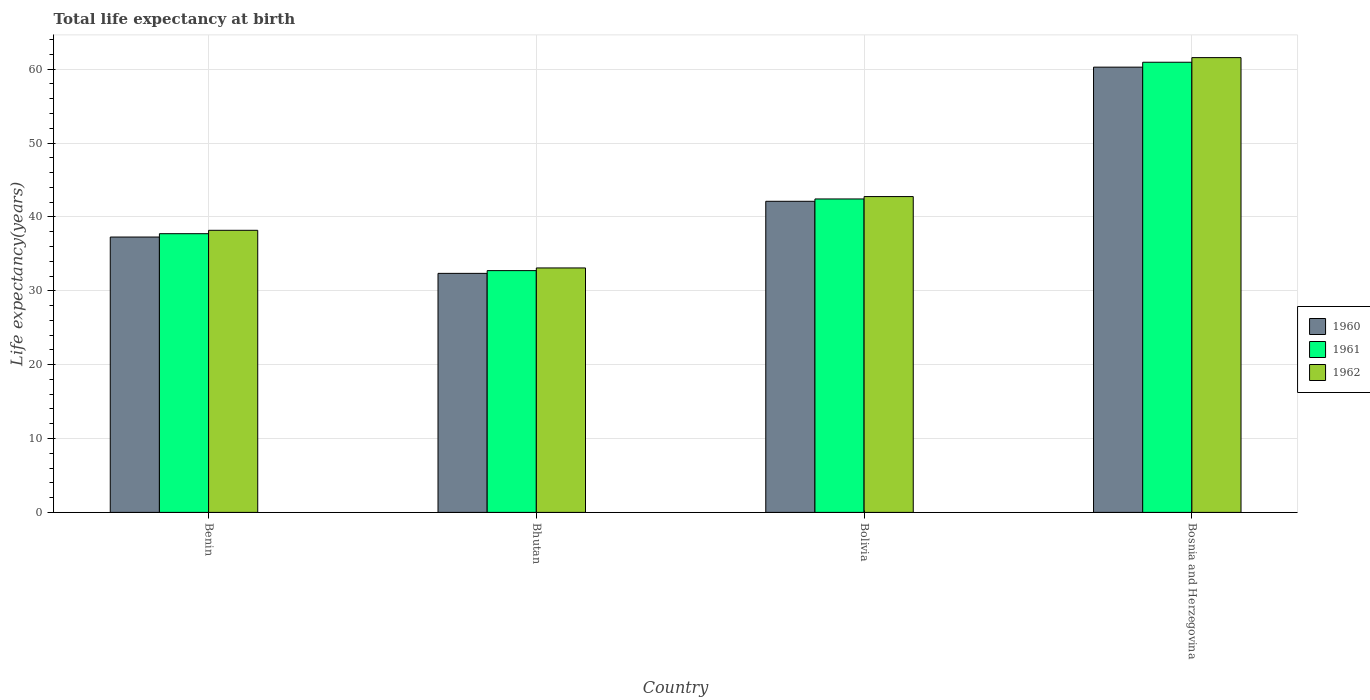
| Country | 1960 | 1961 | 1962 |
 | --- | --- | --- | --- |
 | Benin | 37.3 | 37.7 | 38.2 |
 | Bhutan | 32.4 | 32.7 | 33.1 |
 | Bolivia | 42.1 | 42.4 | 42.8 |
 | Bosnia and Herzegovina | 60.3 | 60.9 | 61.6 |